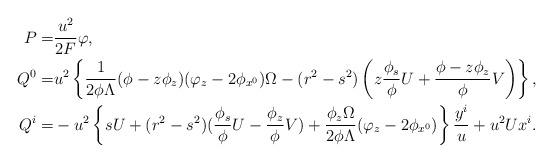
LaTeX: \begin{align*}P=&\frac{u^2}{2F}\varphi,\\Q^0=&u^2\left\{\frac{1}{2\phi\Lambda}(\phi-z\phi_z)(\varphi_z-2\phi_{x^0})\Omega - (r^2-s^2)\left(z\frac{\phi_s}{\phi}U + \frac{\phi-z\phi_z}{\phi}V\right)\right\},\\Q^i=&-u^2\left\{sU+(r^2-s^2)(\frac{\phi_s}{\phi}U-\frac{\phi_z}{\phi}V) + \frac{\phi_z\Omega}{2\phi\Lambda}(\varphi_z-2\phi_{x^0})\right\}\frac{y^i}{u}+{u^2}Ux^i.\end{align*}